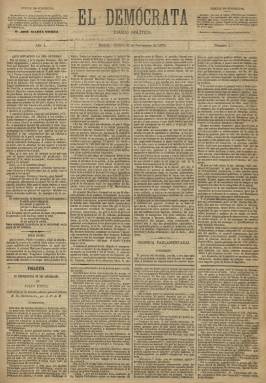
Título: El Demócrata (Madrid. 1879)
Colección: Periódicos
Ámbito geográfico: Madrid
Lugar de publicación: Madrid
Fechas: 22/11/1879-23/10/1881

Al día siguiente de cesar en su publicación La Democracia, el 22 de noviembre de 1879 aparece este “diario político”, con el mismo subtítulo, redacción, formato e imprenta, bajo la dirección de José María Gómez, que tres días después es cedida a Gonzalo Calvo Asensio (1848-1880), que lo había sido del periódico sustituido. Será uno de los principales portavoces del Partido Democrático Progresista (posibilista), bajo el liderazgo de Cristino Martos (1830-1893) en los primeros años de la Restauración.

Como diario de cuatro páginas (no aparecerá los lunes), compuesto a cuatro columnas, comienza cada entrega con el editorial o los artículos de fondo, para a continuación ofrecer noticias tanto de Madrid, como de provincias y extranjeras, estas a través de los despachos telegráficos que suministra la Agencia Fabra. Ofrece crónicas parlamentarias o de espectáculos, Revista de teatros y otras secciones bajo los epígrafes Desde ayer o Sobre la mesa.

El faldón de la primera página lo ocupa el folletín, continuando con el titulado La mayorazga de los cañaverales, de Julio Diniz y que venía ya siendo publicado por La Democracia, o El castillo y el convento, de José Zorrilla. La cuarta plana sigue siendo ocupada por los anuncios comerciales.

Apareció la publicación cuando Martos intenta agrupar a los progresistas, demócratas y republicanos conservadores burgueses que habían mantenido una intensa actividad durante el Sexenio Democrático, entre los que se encontraban, además de Manuel Ruiz Zorrilla (1833-18945), Nicolás Salmerón (1838-1908), José de Carvajal (1835-1899) o José Echegaray (1832-1916).

Tras el fallecimiento de Calvo Asensio y Posadas, el dos de septiembre de 1880, El Demócrata publica varias semblanzas biográficas del que había sido su joven director, que en ese momento era secretario del Partido Democrático Progresista. A partir de entonces lo dirigirá el citado Carvajal y el escritor, republicano y catedrático Joaquín Arnau e Ibáñez (1850-1891), que llegará a ser tildado de ser el “Salmerón aragonés”. También, tanto Calvo como Arnau estarán ligados a la Institución Libre de Enseñanza.

A partir de enero de 1881 se hará “diario de la tarde”, y entre sus colaboradores y redactores se encuentran Manuel Prieto y Prieto (1832-1885), José Canalejas (1854-1912), Gumersindo de Azcárate (1840-1917), Antonio Guerra y Alarcón, González Somoano, Guerra, Beltrán, Juste, Hermida, Contreras y Saiz.

El número 603, correspondiente al 23 de octubre de 1881, es el último de la colección, en el que anuncia el cese de su publicación. Se hace cargo de sus suscripciones La Discusión (1856-1887), “tan amante como nosotros de la democracia y de la unión”, “concentrándose de esta manera en un solo órgano la expresión de las ideas comunes”, señala al despedirse.